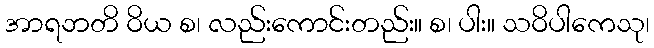
အာရဘတိ ဝိယ စ၊ လည်းကောင်းတည်း။ စ၊ ပါး။ သဝိပါကေသု၊